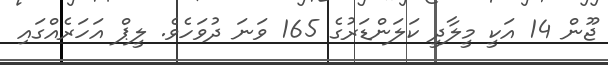
ޖޫން 14 އަކީ މީލާދީ ކަލަންޑަރުގެ 165 ވަނަ ދުވަހެވެ. ލީޕް އަހަރެއްގައި